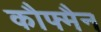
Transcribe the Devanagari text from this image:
कौफ्मैन